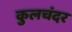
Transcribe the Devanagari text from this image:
कुलचंदर